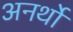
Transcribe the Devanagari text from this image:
अनर्थो